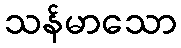
သန်မာသော